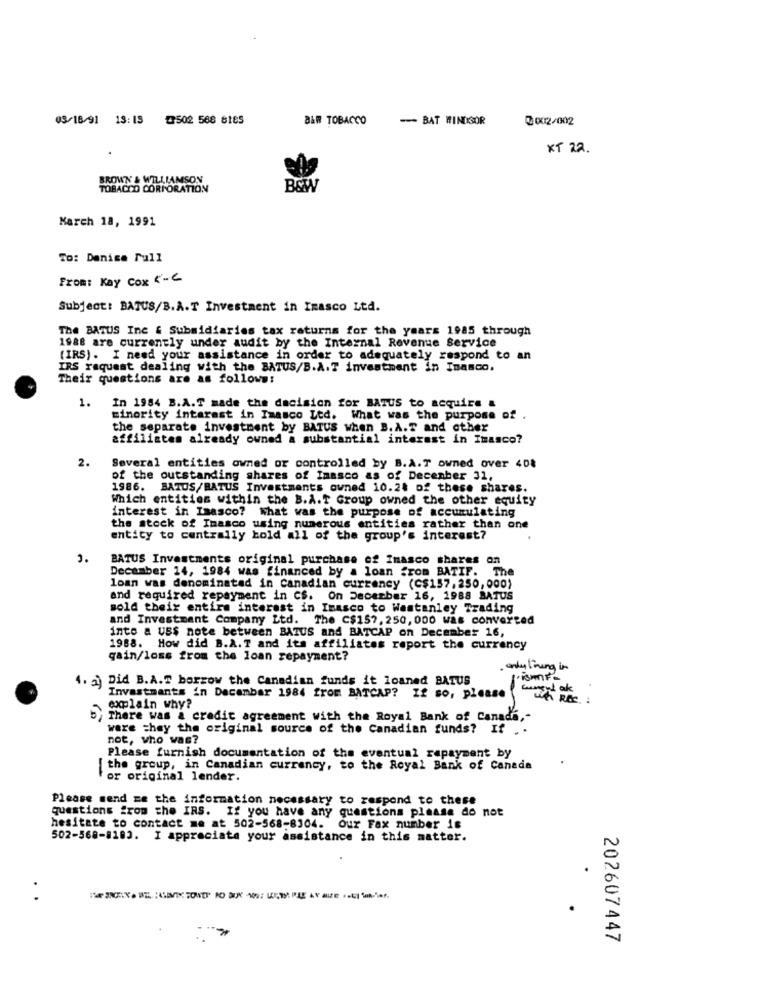
03/18/91 13: 13 3502 568 8185
BAR TOBACCO
-- BAT MINDIGSOR
20012/002
XT 22.
BROWN'& WILLIAMSON
TOBACCO CORPORATION
B&W
March 18, 1991
To: Denise Full
From: Kay Cox <- C
Subject: BATUS/B.A.T Investment in Inasco Ltd.
The BATUS Inc # Subsidiaries tax returns for the years 1985 through
1988 are currently under audit by the Internal Revenue Service
(IRS). I need your assistance in order to adequately respond to an
IRS raquest dealing with the BATUS/B.A.T investment in Inamco.
Their questions are as follows:
1.
In 1984 B.A.T made the decision for BATUS to acquire &
minority interest in Imasco Ltd. What was the purpose of .
the separate investment by BATUS when B. A.T and other
affiliates already owned a substantial interest in Imasco?
2.
Several entities owned or controlled by B.A.T owned over 40%
of the outstanding shares of Inasco as of December 31,
1986. BATUS/BATUS Investments owned 10.24 of these shares.
Which entities within the B.A.T Group owned the other equity
interest in Isasco? What was the purpose of accumulating
the stock of Inasco using numerous entities rather than one
entity to centrally hold all of the group's interest?
3.
BATUS Investments original purchase of Inasco shares on
December 14, 1984 was financed by a loan from BATIF. The
loan was denominated in Canadian currency (C$157,250,000)
and required repayment in CS. On December 16, 1988 BATUS
sold their entire interest in Imasco to Wastanley Trading
and Investment Company Ltd. The C$157, 250, 000 was converted
into a US$ note between BATUS and BATCAP on December 16,
1988. How did B.A. T and its affiliates report the currency
gain/loss from the loan repayment?
. onlylining in
4. ) Did B.A.T barrow the Canadian funds it loaned BATUS
- ak
Invastmants in December 1984 from BATCAP? If so, please
Wh REC. .
explain why?
by There was a credit agreement with the Royal Bank of Canada,"
were they the original source of the Canadian funds? If
not, who was?
Please furnish documentation of the eventual repayment by
[the group, in Canadian currency, to the Royal Bank of Canada
or original lender.
Please send ze the information necessary to respond to these
questions from the IRS. If you have any questions please do not
hesitate to contact me at 502-568-8304. Our Fax number is
502-568-8183. I appreciate your assistance in this matter.
202607447